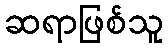
ဆရာဖြစ်သူ